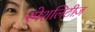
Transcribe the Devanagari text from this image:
स्पेशलिटीज़